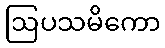
ဩပသမိကော